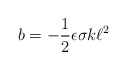
\begin{align*}b = - \frac{1}{2} \epsilon \sigma k \ell^{2} \end{align*}